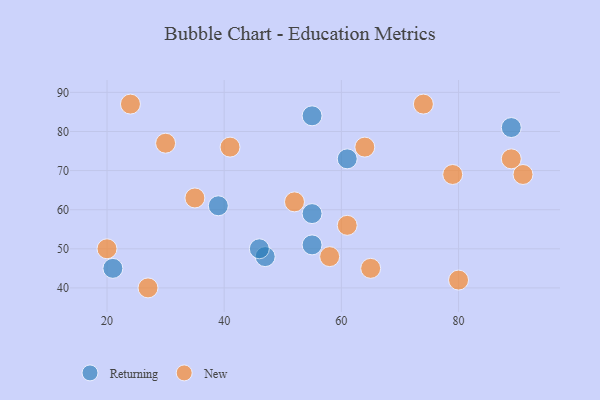
{"axis": {"x": "GDP", "y": "Life Expectancy"}, "legend": ["New", "Returning"], "data": [{"x": "21", "y": 45, "type": "Returning"}, {"x": "55", "y": 59, "type": "Returning"}, {"x": "55", "y": 84, "type": "Returning"}, {"x": "61", "y": 73, "type": "Returning"}, {"x": "89", "y": 81, "type": "Returning"}, {"x": "47", "y": 48, "type": "Returning"}, {"x": "39", "y": 61, "type": "Returning"}, {"x": "46", "y": 50, "type": "Returning"}, {"x": "55", "y": 51, "type": "Returning"}, {"x": "91", "y": 69, "type": "New"}, {"x": "20", "y": 50, "type": "New"}, {"x": "64", "y": 76, "type": "New"}, {"x": "61", "y": 56, "type": "New"}, {"x": "24", "y": 87, "type": "New"}, {"x": "79", "y": 69, "type": "New"}, {"x": "89", "y": 73, "type": "New"}, {"x": "80", "y": 42, "type": "New"}, {"x": "41", "y": 76, "type": "New"}, {"x": "52", "y": 62, "type": "New"}, {"x": "30", "y": 77, "type": "New"}, {"x": "35", "y": 63, "type": "New"}, {"x": "27", "y": 40, "type": "New"}, {"x": "58", "y": 48, "type": "New"}, {"x": "65", "y": 45, "type": "New"}, {"x": "74", "y": 87, "type": "New"}]}